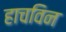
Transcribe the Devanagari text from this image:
हाचविन